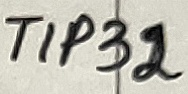
Text: TIP32